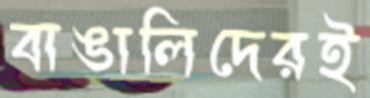
বাঙালিদেরই